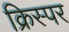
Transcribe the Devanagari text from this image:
क्रिस्पर